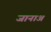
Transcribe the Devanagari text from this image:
जानाअ